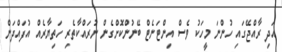
އަދި ރާއްޖޭގައި ހުންނަ މީހަކު ވެސް އިންޓަނެޓް ބޭނުންކޮށްގެން ނުރައްކާތެރި ހަތިޔާރެއް އުފައްދަން